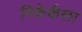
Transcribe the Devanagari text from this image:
निकेर्कला